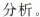
分析。